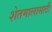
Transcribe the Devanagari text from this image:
शेतमालासाठी